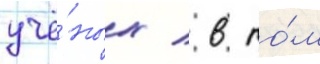
учё́ных / в то́м